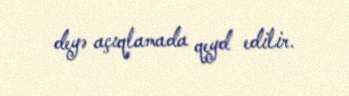
deyə açıqlamada qeyd edilir.